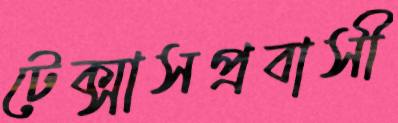
টেক্সাসপ্রবাসী